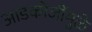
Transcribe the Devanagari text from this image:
आडकोजींमुळे